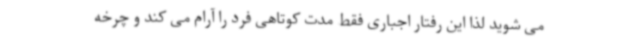
می شوید لذا این رفتار اجباری فقط مدت کوتاهی فرد را آرام می کند و چرخه